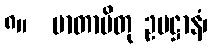
၈။  မာတာပိတု ဥပဋ္ဌာနံ၊